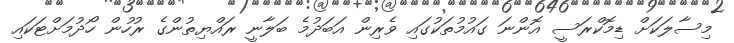
މިސާލަކަށް ޑިމޮކްރަސީ އޮންނަ ގައުމުތަކުގައި ވެރިން އަބަދުމެ ބަލާނީ ރައްޔިތުންގެ ރުހުން ހޯދުމަށްޓަކައި